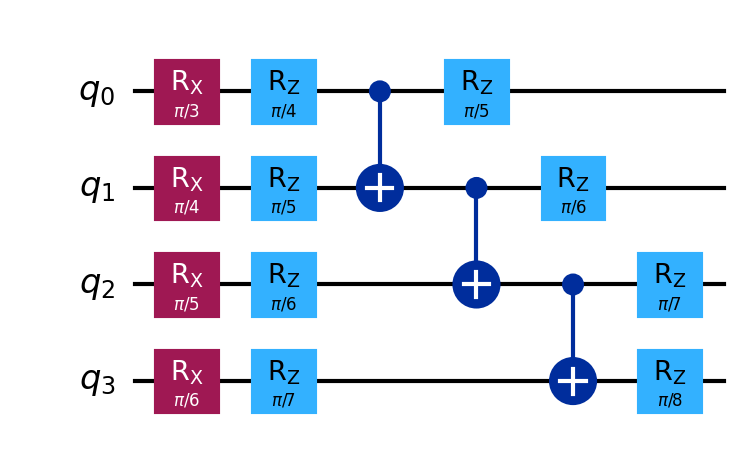
Description: Quantum neural network single layer
描述: 量子神经网络单层
Category: quantum_ml (difficulty: intermediate)
Qubits: 4, circuit depth: 6

Braket implementation:
import math
from braket.circuits import Circuit
circuit = Circuit()
for i in range(4):
    circuit.rx(i, math.pi / (i + 3))
    circuit.rz(i, math.pi / (i + 4))
for i in range(3):
    circuit.cnot(i, i + 1)
for i in range(4):
    circuit.rz(i, math.pi / (i + 5))